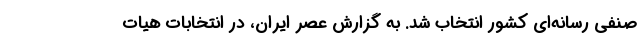
صنفی رسانه‌ای کشور انتخاب شد. به گزارش عصر ایران، در انتخابات هیات